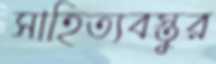
সাহিত্যবস্তুর